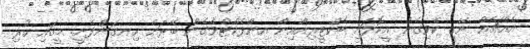
އެއްޗެއް ނޭގި ކެވިގެން އީކޮލައި ބެކްޓީރިއާއިން އިންފެކްޓްވެގެން ބޭރަށް ހިނގަންފެށީ. މީގައި ހުރި